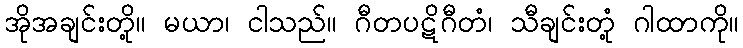
အိုအချင်းတို့။ မယာ၊ ငါသည်။ ဂီတပဋိဂီတံ၊ သီချင်းတုံ့ ဂါထာကို။